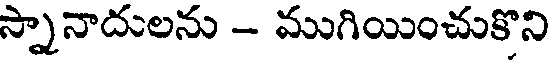
స్నానాదులను - ముగియించుకొని